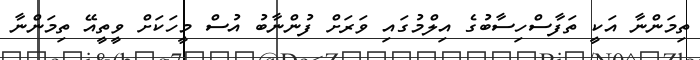
ތިމަންނާ އަކީ ތަފާސްހިސާބުގެ އިލްމުގައި ވަރަށް ފުންނާބު އުސް މީހަކަށް ވީތީއޭ ތިމަންނާ